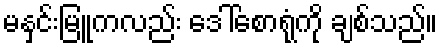
မနှင်းမြူကလည်း ဒေါ်စောရုံကို ချစ်သည်။